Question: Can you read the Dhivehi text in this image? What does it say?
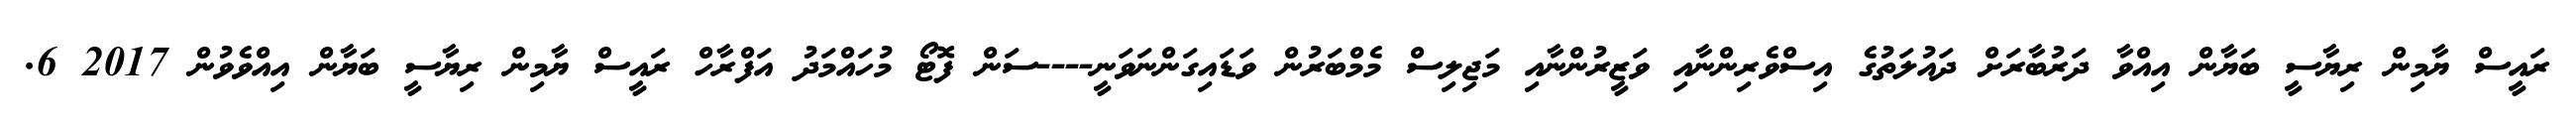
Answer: ރައީސް ޔާމިން ރިޔާސީ ބަޔާން އިއްވާ ދަރުބާރަށް ދައުލަތުގެ އިސްވެރިންނާއި ވަޒީރުންނާއި މަޖިލިސް މެމްބަރުން ވަޑައިގަންނަވަނީ----ސަން ފޮޓޯ މުހައްމަދު އަފްރާހް ރައީސް ޔާމިން ރިޔާސީ ބަޔާން އިއްވެވުން 2017 6.